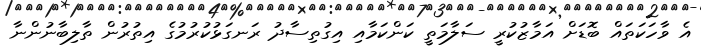
އެ ވާހަކަތައް ބޮޑަށް އަމާޒުކުރީ ސަލާމަތީ ކަންކަމާއި އިގުތިސާދު ރަނގަޅުކުރުމުގެ އިތުރުން ތާލިބާނުންނާ